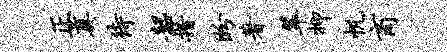
正奠待韶措盼著翠抑帆商